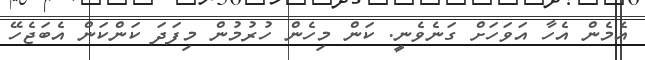
އެމެން އެހާ އަވަހަށް ގަނެވެނީ. ކަން މިހެން ހުުރުމުން މިފަދަ ކަންކަން އެބަޖެހޭ